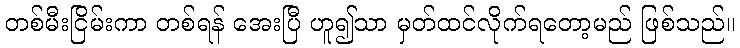
တစ်မီးငြိမ်းကာ တစ်ရန် အေးပြီ ဟူ၍သာ မှတ်ထင်လိုက်ရတော့မည် ဖြစ်သည်။